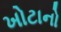
ખોટાનો